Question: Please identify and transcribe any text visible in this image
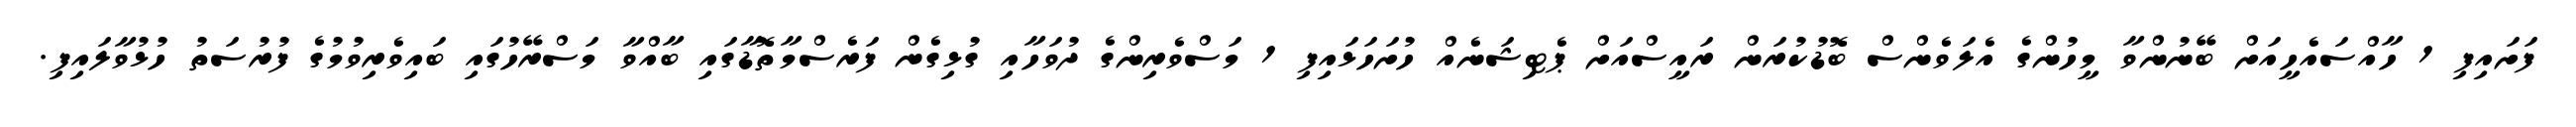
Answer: ފަށައިފި 1 ހާއްސައެހީއަށް ބޭނުންވާ މީހުންގެ އެލަވެންސް ބޮޑުކުރަން ރައީސްއަށް ޕެޓިޝަނެއް ހުށަހަޅައިފި 1 މަސްވެރިންގެ ދުވަހާއި ގުޅިގެން ފަރެސްމާތޮޑާގައި ބާއްވާ މަސްރޭހުގައި ބައިވެރިވުމުގެ ފުރުސަތު ހުޅުވާލައިފި.